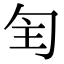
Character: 𠣕